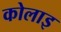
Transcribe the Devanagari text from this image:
कोलाइ